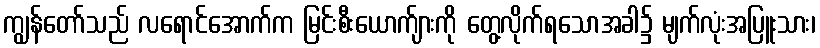
ကျွန်တော်သည် လရောင်အောက်က မြင်းစီးယောက်ျားကို တွေ့လိုက်ရသောအခါ၌ မျက်လုံးအပြူးသား၊